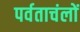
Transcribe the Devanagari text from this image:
पर्वताचंलों